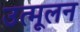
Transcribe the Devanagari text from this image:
उत्मूलन